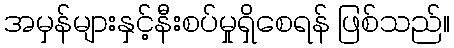
အမှန်များနှင့်နီးစပ်မှုရှိစေရန် ဖြစ်သည်။